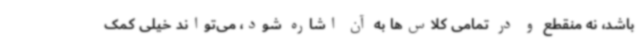
باشد، نه منقطع و در تمامی کلاس‌ها به آن اشاره شود، می‌تواند خیلی کمک